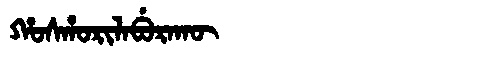
Manchu: ᡥᠣᠰᡥᠣᡵᡳᠯᠠᠪᡠᡵᠠᡴᡡ
Romanization: HOSHORILABURAKŪ